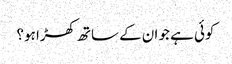
کوئی ہے جو ان کے ساتھ کھڑا ہو؟